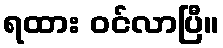
ရထား ဝင်လာပြီ။